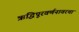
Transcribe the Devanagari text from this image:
ऋद्धिपूरवर्णनावरचा